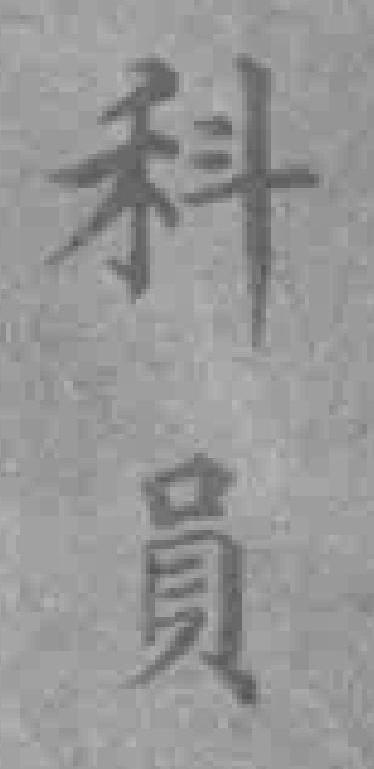
科員